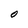
Character: O